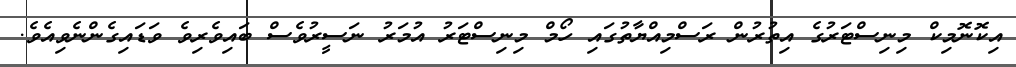
އިކޮނޮމިކް މިނިސްޓަރުގެ އިތުރުން ރަސްމިއްޔާތުގައި ހޯމް މިނިސްޓަރު އުމަރު ނަސީރުވެސް ބައިވެރިވެ ވަޑައިގެންނެވިއެވެ.